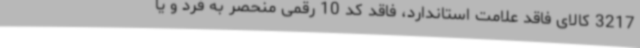
3217 کالای فاقد علامت استاندارد، فاقد کد 10 رقمی منحصر به فرد و یا